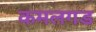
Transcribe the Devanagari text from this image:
कमलगड